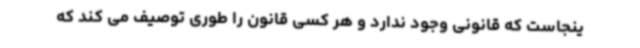
ینجاست که قانونی وجود ندارد و هر کسی قانون را طوری توصیف می کند که